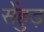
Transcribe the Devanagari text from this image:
सेंहुड़